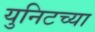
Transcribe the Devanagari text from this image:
युनिटच्या